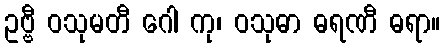
ဥဗ္ဗီ ဝသုမတီ ဂေါ ကု၊ ဝသုဓာ ဓရဏီ ဓရာ။